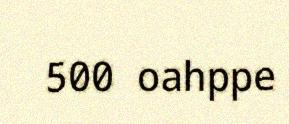
500 oahppe